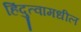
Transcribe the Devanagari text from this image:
हिंदुत्वामधील